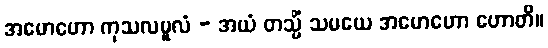
အမောဟော ကုသလမူလံ - အယံ တသ္မိံ သမယေ အမောဟော ဟောတိ။